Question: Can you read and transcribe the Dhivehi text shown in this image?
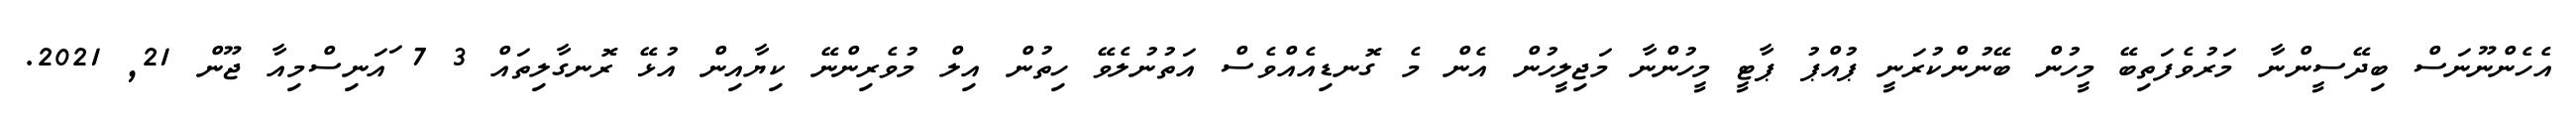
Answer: އެހެންނޫނަސް ބިދޭސީންނާ މަރުވެފަތިބޭ މީހުން ބޭނުންކުރަނީ ޕުއްޕު ޕާޓީ މީހުންނާ މަޖިލީހުން އެން މެ ގޮނޑިއެއްވެސް އަތުނުލެވޭ ހިތުން އިލް މުވެރިންނޭ ކިޔާއިން އުޅޭ ރޮނގާލިތައް 3 7 ައަނިސްމިއާ ޖޫން 21, 2021.